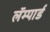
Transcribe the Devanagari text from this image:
लॅम्पार्ड